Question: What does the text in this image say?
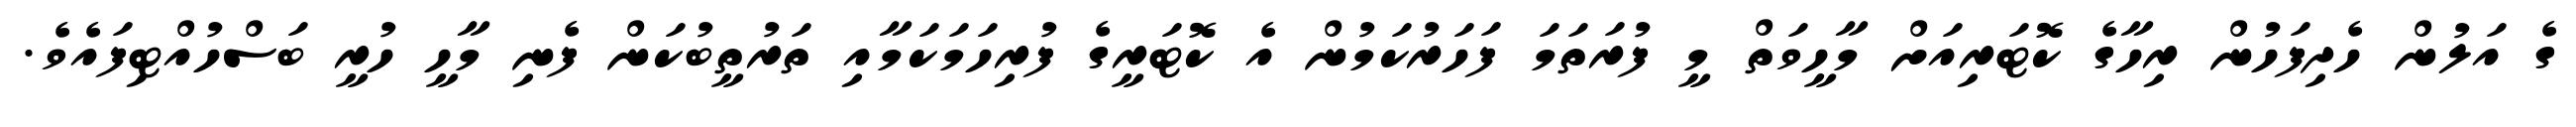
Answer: ގެ އަލުން ހެދިފަހުން ރިހާގެ ކޮޓަރިއަށް މާހީވަތް މީ ފުރަތަމަ ފަހަރުކަމުން އެ ކޮޓަރީގެ ފުރިހަމަކަމާއި ތަރުތީބުކަން ފެނި މާހީ ހުރީ ބަސްހުއްޓިފައެވެ.